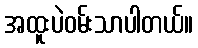
အထူးပဲဝမ်းသာပါတယ်။